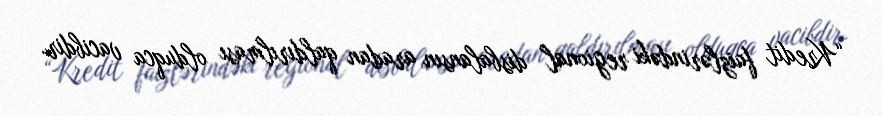
“Kredit faizlərindəki regional disbalansın aradan qaldırılması olduqca vacibdir.